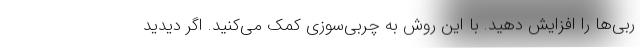
ربی‌ها را افزایش دهید. با این روش به چربی‌سوزی کمک می‌کنید. اگر دیدید